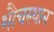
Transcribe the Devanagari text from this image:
शौचस्थान